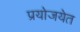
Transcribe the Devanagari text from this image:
प्रयोजयेत